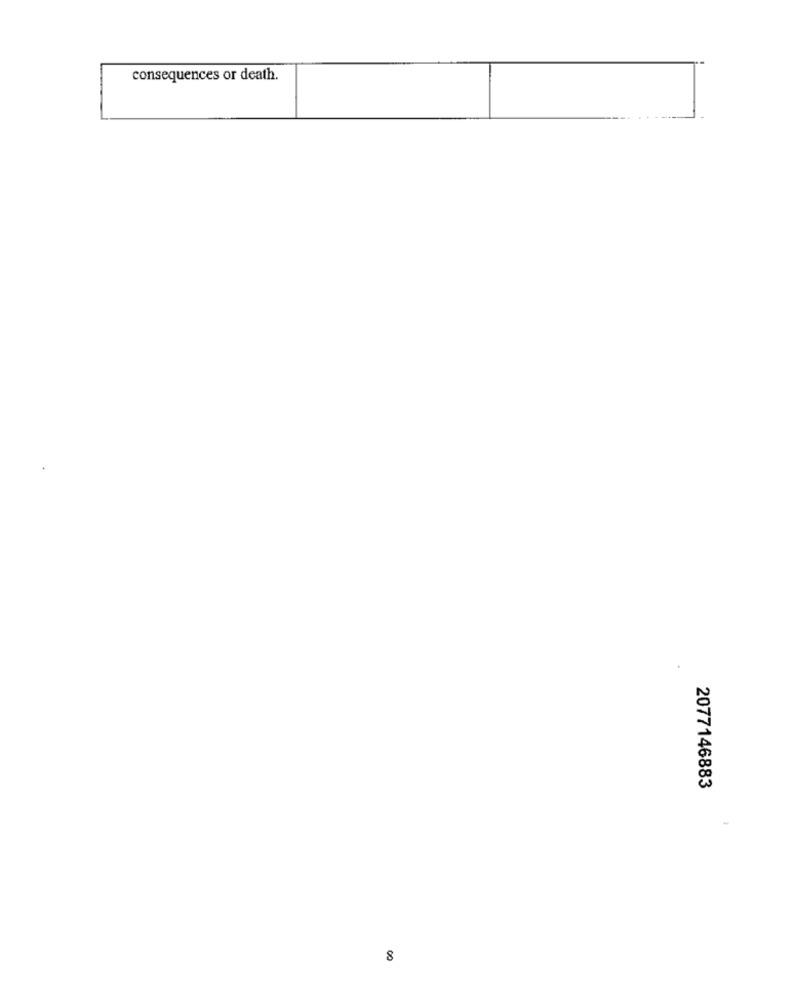
consequences or death.
2077146883
8